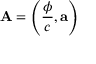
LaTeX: \mathbf { A } = \left( { \frac { \phi } { c } } , \mathbf { a } \right)